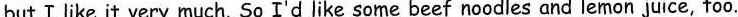
but Ⅰlike it very much. So I'd like some beef noodles and lemon juice, too.